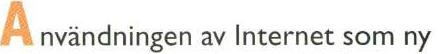
Användningen av Internet som ny